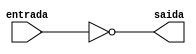
// ---------------------
//	Programao em Verilog
//
// PUC - MG
// Nome: Tiago Menegaz de Melo Garcia
//
//	Guia07	Programa 4
//	Refazer o Programa 1 com apenas portas NAND
//
// ---------------------

module notnand (saida,entrada);
	input entrada;
	output saida;
	
	nand NAND1 (saida,entrada);
endmodule//endmodule

module andnand (saida,e1,e2,e3);
	input e1,e2,e3;
	output saida;
	wire w1;
	
	nand NAND1 (w1,e1,e2,e3);
	nand NAND2 (saida,w1);
endmodule//andnand

module ornand (saida,e1,e2,e3);
	input e1,e2,e3;
	output saida;
	wire w1,w2,w3;
	
	nand NAND1 (w1,e1);
	nand NAND2 (w2,e2);
	nand NAND3 (w3,e3);
	nand NAND4 (saida,w1,w2,w3);
endmodule//ornand

module andnand2 (saida,e1,e2);
	input e1,e2;
	output saida;
	wire w1;
	
	nand NAND1 (w1,e1,e2);
	nand NAND2 (saida,w1);
endmodule//	

module guia08;
	reg a,b,c,d;
	wire w1,w2,w3,w4,w5,w6,w7,w8;
	
	notnand NN1 (w1,a);
	notnand NN2 (w2,b);
	notnand NN3 (w3,c);
	notnand NN4 (w4,d);
	
	andnand2 AN1 (w5,w1,c);
	andnand AN2 (w6,a,b,w4);
	andnand AN3 (w7,a,w2,c);
	ornand ON1 (w8,w5,w6,w7);
	
initial begin:start
end

//---------------------
//---PARTE PRINCIPAL---
//---------------------

initial begin:main
	$display ("Guia08 - Exercicio01");
	$display ("Fazer a saida para a funo\nac + abd + abc\n");
	$display ("Aluno: Tiago Menegaz de Melo Garcia		Matricula:405844\n");
	$display ("Relatorio de Testes");
	#1	a = 0; b= 0; c = 0; d = 0;
	$monitor ("a = %b b = %b c = %b d = %b Saida [%b]", a,b,c,d,		 w8);
	#1 a = 1;
	#1 a = 0; b = 1;
	#1 b = 0; c = 1;
	#1 c = 0; d = 1;
	#1 d = 0;
	#1 a = 1; b = 1; c = 1; d = 1;
	#1 a = 0; c = 0;
	#1 a = 1; c = 1;
	
end
endmodule


//---------------------
//-RELATORIO DE TESTES-
//---------------------
/*
	 a = 0 b = 0 c = 0 d = 0 Saida [0]
    a = 1 b = 0 c = 0 d = 0 Saida [0]
    a = 0 b = 1 c = 0 d = 0 Saida [0]
    a = 0 b = 0 c = 1 d = 0 Saida [1]
    a = 0 b = 0 c = 0 d = 1 Saida [0]
    a = 0 b = 0 c = 0 d = 0 Saida [0]
    a = 1 b = 1 c = 1 d = 1 Saida [0]
    a = 0 b = 1 c = 0 d = 1 Saida [0]
    a = 1 b = 1 c = 1 d = 1 Saida [0]
*/